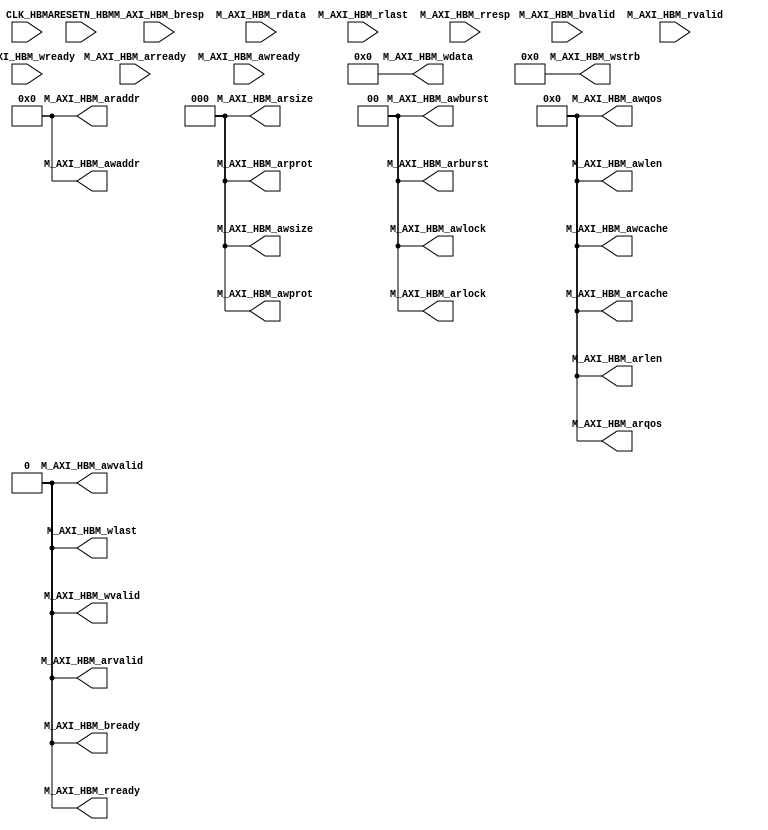
`timescale 1 ps / 1 ps

(* DONT_TOUCH = "yes" *) module axi_gnd
   (ARESETN_HBM,
    CLK_HBM,
    M_AXI_HBM_araddr,
    M_AXI_HBM_arburst,
    M_AXI_HBM_arcache,
    M_AXI_HBM_arlen,
    M_AXI_HBM_arlock,
    M_AXI_HBM_arprot,
    M_AXI_HBM_arqos,
    M_AXI_HBM_arready,
    M_AXI_HBM_arsize,
    M_AXI_HBM_arvalid,
    M_AXI_HBM_awaddr,
    M_AXI_HBM_awburst,
    M_AXI_HBM_awcache,
    M_AXI_HBM_awlen,
    M_AXI_HBM_awlock,
    M_AXI_HBM_awprot,
    M_AXI_HBM_awqos,
    M_AXI_HBM_awready,
    M_AXI_HBM_awsize,
    M_AXI_HBM_awvalid,
    M_AXI_HBM_bready,
    M_AXI_HBM_bresp,
    M_AXI_HBM_bvalid,
    M_AXI_HBM_rdata,
    M_AXI_HBM_rlast,
    M_AXI_HBM_rready,
    M_AXI_HBM_rresp,
    M_AXI_HBM_rvalid,
    M_AXI_HBM_wdata,
    M_AXI_HBM_wlast,
    M_AXI_HBM_wready,
    M_AXI_HBM_wstrb,
    M_AXI_HBM_wvalid);
  input ARESETN_HBM;
  input CLK_HBM;
  output [63:0] M_AXI_HBM_araddr;
  output [1:0]M_AXI_HBM_arburst;
  output [3:0]M_AXI_HBM_arcache;
  output [3:0]M_AXI_HBM_arlen;
  output [1:0]M_AXI_HBM_arlock;
  output [2:0]M_AXI_HBM_arprot;
  output [3:0]M_AXI_HBM_arqos;
  input M_AXI_HBM_arready;
  output [2:0]M_AXI_HBM_arsize;
  output M_AXI_HBM_arvalid;
  output [63:0]M_AXI_HBM_awaddr;
  output [1:0]M_AXI_HBM_awburst;
  output [3:0]M_AXI_HBM_awcache;
  output [3:0]M_AXI_HBM_awlen;
  output [1:0]M_AXI_HBM_awlock;
  output [2:0]M_AXI_HBM_awprot;
  output [3:0]M_AXI_HBM_awqos;
  input M_AXI_HBM_awready;
  output [2:0]M_AXI_HBM_awsize;
  output M_AXI_HBM_awvalid;
  output M_AXI_HBM_bready;
  input [1:0]M_AXI_HBM_bresp;
  input M_AXI_HBM_bvalid;
  input [255:0]M_AXI_HBM_rdata;
  input M_AXI_HBM_rlast;
  output M_AXI_HBM_rready;
  input [1:0]M_AXI_HBM_rresp;
  input M_AXI_HBM_rvalid;
  output [255:0]M_AXI_HBM_wdata;
  output M_AXI_HBM_wlast;
  input M_AXI_HBM_wready;
  output [31:0]M_AXI_HBM_wstrb;
  output M_AXI_HBM_wvalid;

  assign M_AXI_HBM_araddr = 0;
  assign M_AXI_HBM_arburst = 0;
  assign M_AXI_HBM_arcache = 0;
  assign M_AXI_HBM_arlen = 0;
  assign M_AXI_HBM_arlock = 0;
  assign M_AXI_HBM_arprot = 0;
  assign M_AXI_HBM_arqos = 0;
  assign M_AXI_HBM_arsize = 0;
  assign M_AXI_HBM_arvalid = 0;
  assign M_AXI_HBM_awaddr = 0;
  assign M_AXI_HBM_awburst = 0;
  assign M_AXI_HBM_awcache = 0;
  assign M_AXI_HBM_awlen = 0;
  assign M_AXI_HBM_awlock = 0;
  assign M_AXI_HBM_awprot = 0;
  assign M_AXI_HBM_awqos = 0;
  assign M_AXI_HBM_awsize = 0;
  assign M_AXI_HBM_awvalid = 0;
  assign M_AXI_HBM_bready = 0;
  assign M_AXI_HBM_rready = 0;
  assign M_AXI_HBM_wdata = 0;
  assign M_AXI_HBM_wlast = 0;
  assign M_AXI_HBM_wstrb = 0;
  assign M_AXI_HBM_wvalid = 0;





  endmodule